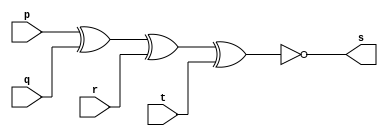
// Guia 01  -  XNOR
// Nome : Jessica Luisa Betonico Andrade

// ----------------------------------------------

// --  xnor gate  --

// ----------------------------------------------

module xnorgate(s, p, q, r, t);
 output s;
 input p, q, r, t;
 
 assign s = ~(p ^ q ^ r ^ t);
 
 endmodule // xnorgate
 
// ----------------------------------------------

// -- teste xnor gate --

// -----------------------------------------------

module testandogate;
 reg a, b, c, d;
 wire s;
 
 			// instancia
 xnorgate XNOR1(s, a, b, c, d);
 			// parte principal
			
 initial begin
 
 $display("Guia 01 -  Jessica Luisa Betonico Andrade -  412748");
 $display("Test XNOR gate");
 $display("\n ~(a ^ b ^ c ^ d) = s \n");
 a=0; b=0; c=0; d=0;

#1 $display("%b ^ %b ^ %b ^ %b = %b", a, b, c, d, s);
 a= 0; b=0; c= 0; d=1;
#1 $display("%b ^ %b ^ %b ^ %b = %b", a, b, c, d, s);
 a= 0; b= 0; c =1; d=0;
#1 $display("%b ^ %b ^ %b ^ %b = %b", a, b, c, d, s);
 a =0; b= 1; c= 0; d=0;
#1 $display("%b ^ %b ^ %b ^ %b = %b", a, b, c, d, s);
 a=1 ; b= 0; c =0; d=0;
#1 $display("%b ^ %b ^ %b ^ %b = %b", a, b, c, d, s);
 a= 0; b = 1; c = 0; d= 1;
#1 $display("%b ^ %b ^ %b ^ %b = %b", a, b, c, d, s);
 a=1; b=0; c=0; d=1;
#1 $display("%b ^ %b ^ %b ^ %b = %b", a, b, c, d, s);
 a=1; b = 0; c =1; d = 0;
#1 $display("%b ^ %b ^ %b ^ %b = %b", a, b, c, d, s);
 a= 0; b =1; c=1; d=0; 
#1 $display("%b ^ %b ^ %b ^ %b = %b", a, b, c, d, s);
 a= 1; b =1; c=0; d =0;
#1 $display("%b ^ %b ^ %b ^ %b = %b", a, b, c, d, s);
 a =0; b= 0; c=1; d= 1;
#1 $display("%b ^ %b ^ %b ^ %b = %b", a, b, c, d, s);
 a = 0; b= 1; c= 1; d=1;
#1 $display("%b ^ %b ^ %b ^ %b = %b", a, b, c, d, s);
 a = 1; b= 0; c= 1; d= 1;
#1 $display("%b ^ %b ^ %b ^ %b = %b", a, b, c, d, s);
 a = 1; b= 1; c= 0; d= 1;
#1 $display("%b ^ %b ^ %b ^ %b = %b", a, b, c, d, s);
 a = 1; b= 1; c= 1; d= 0;
#1 $display("%b ^ %b ^ %b ^ %b = %b", a, b, c, d, s);
 a = 1; b= 1; c= 1; d= 1;
 
#1 $display("%b ^ %b ^ %b ^ %b = %b", a, b, c, d, s);


end 

endmodule // testandogate